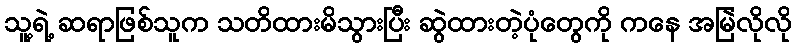
သူ့ရဲ့ ဆရာဖြစ်သူက သတိထားမိသွားပြီး ဆွဲထားတဲ့ပုံတွေကို ကနေ အမြဲလိုလို